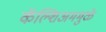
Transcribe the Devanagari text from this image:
कॅल्शिअममुळे